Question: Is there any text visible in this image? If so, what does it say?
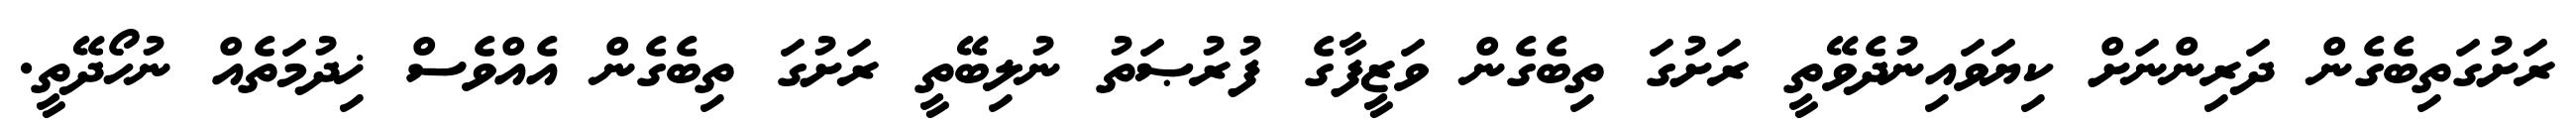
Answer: ރަށުގަތިބެގެން ދަރިންނަށް ކިޔަވައިނުދެވޭތީ ރަށުގަ ތިބެގެން ވަޒީފާގެ ފުރުޞަތު ނުލިބޭތީ ރަށުގަ ތިބެގެން އެއްވެސް ޚިދުމަތެއް ނުހޯދޭތީ.